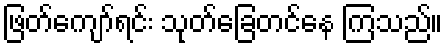
ဖြတ်ကျော်ရင်း သုတ်ခြေတင်နေ ကြသည်။